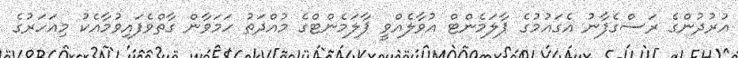
އުރުދުންގެ ރަސްގެފާނު އެގައުމުގެ ޕާލަމެންޓް އުވާލެއްވީ ޕާލަމެންޓްގެ މުއްދަތު ހަމަވާން ގާތްވެފައިވުމާއެކު މިއަހަރުގެ